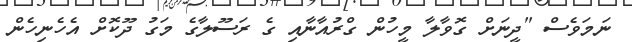
ނަމަވެސް "ދީނަށް ގޮވާލާ މީހުން ގްރުއާނާއި ގެ ރަސޫލާގެ މަގު ދޫކޮށް އެހެނިހެން